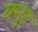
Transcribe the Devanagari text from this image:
क्नुट्